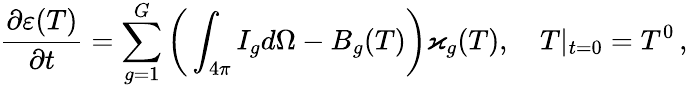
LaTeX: \frac{\partial\varepsilon(T)}{\partial t}={\sum_{g=1}^{G}\bigg(\int_{4\pi}I_{g}d\Omega-B_{g}(T)\bigg)\varkappa_{g}(T)},\quad T|_{t=0}=T^{0}\, ,